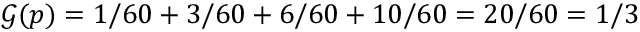
\mathcal { G } ( \boldsymbol { p } ) = 1 / 6 0 + 3 / 6 0 + 6 / 6 0 + 1 0 / 6 0 = 2 0 / 6 0 = 1 / 3